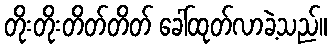
တိုးတိုးတိတ်တိတ် ခေါ်ထုတ်လာခဲ့သည်။